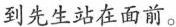
到先生站在面前。